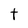
Character: t